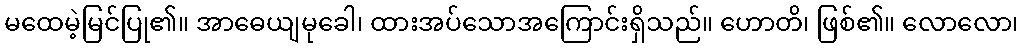
မထေမဲ့မြင်ပြု၏။ အာဓေယျမုခေါ၊ ထားအပ်သောအကြောင်းရှိသည်။ ဟောတိ၊ ဖြစ်၏။ လောလော၊